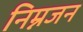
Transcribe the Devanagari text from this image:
निम्नजन